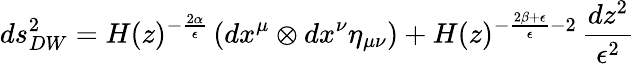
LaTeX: ds_{DW}^{2}=H(z)^{-\frac{2\alpha}{\epsilon}}\left(dx^{\mu}\otimes dx^{\nu}\eta_{\mu\nu}\right)+H(z)^{-\frac{2\beta+\epsilon}{\epsilon}-2}\, \frac{dz^{2}}{\epsilon^{2}}